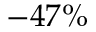
- 4 7 \%